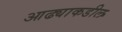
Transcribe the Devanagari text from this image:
आढ्याकडील